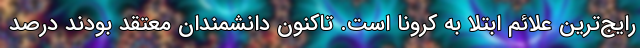
رایج‌ترین علائم ابتلا به کرونا است. تاکنون دانشمندان معتقد بودند درصد